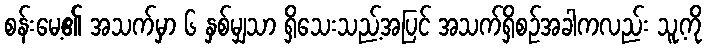
စန်းမေ့၏ အသက်မှာ ၆ နှစ်မျှသာ ရှိသေးသည့်အပြင် အသက်ရှိစဉ်အခါကလည်း သူ့ကို